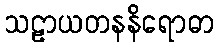
သဠာယတနနိရောဓာ